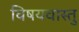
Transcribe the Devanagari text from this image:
विषयवास्तु